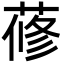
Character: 蓚